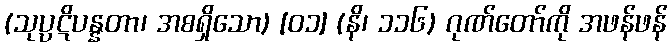
(သုပ္ပဋိပန္နတာ၊ အစရှိသော) [၀၁] (နိ၊ ၁၁၆) ဂုဏ်တော်ကို အဖန်ဖန်